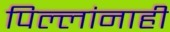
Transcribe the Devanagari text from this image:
पिल्लांनाही